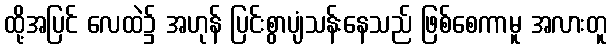
ထို့အပြင် လေထဲ၌ အဟုန် ပြင်းစွာပျံသန်းနေသည် ဖြစ်စေကာမူ အလားတူ